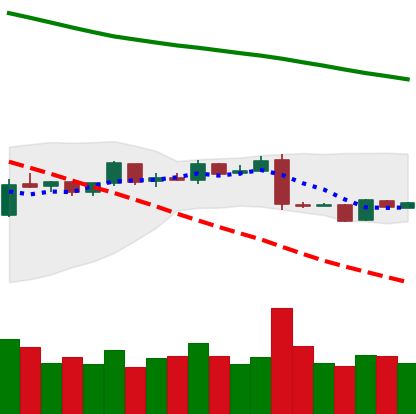
Ticker: EOS-USD
Chart end date: 2019-01-16
Forward return: -3.854%
Label: down_3_5